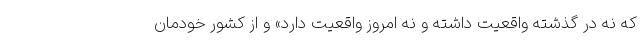
که نه در گذشته واقعیت داشته و نه امروز واقعیت دارد» و از کشور خودمان